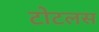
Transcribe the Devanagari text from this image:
टोटलस